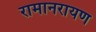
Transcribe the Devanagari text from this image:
रामानरायण